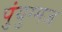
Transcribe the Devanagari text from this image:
पुंयुग्मज